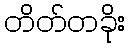
တိတ်တခိုး